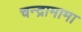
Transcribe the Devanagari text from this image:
चन्द्रामामा